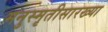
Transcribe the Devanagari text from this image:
मनुस्मृतीसारख्या